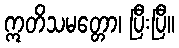
ဣတိသမတ္တော၊ ပြီးပြီ။